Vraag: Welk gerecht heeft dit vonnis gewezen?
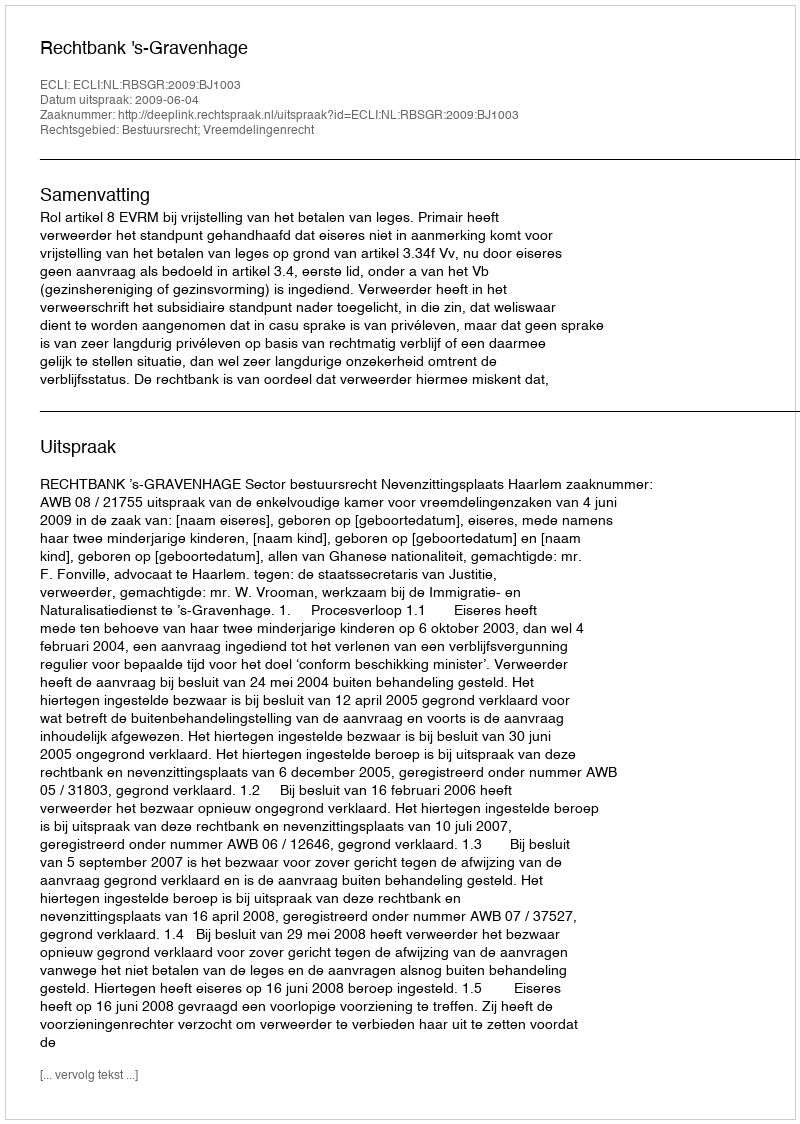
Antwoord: Rechtbank 's-Gravenhage